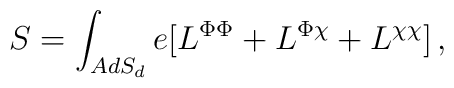
S=\int_{AdS_d} e [L^{\Phi\Phi}+L^{\Phi\chi}+L^{\chi\chi} ]\,,